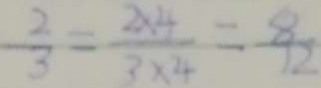
\frac { 2 } { 3 } = \frac { 2 \times 4 } { 3 \times 4 } = \frac { 8 } { 1 2 }